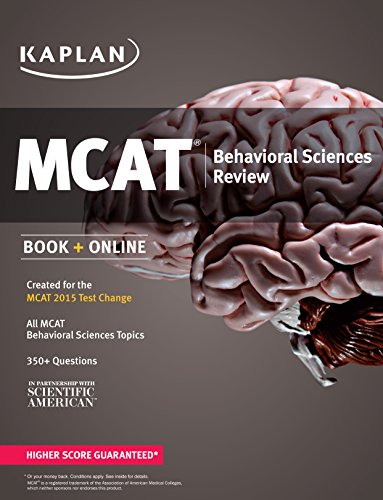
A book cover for Kaplan MCAT Behavioral Sciences Review: Created for MCAT 2015 (Kaplan Test Prep); Kaplan; Test Preparation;